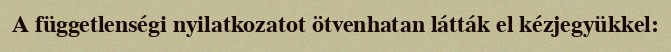
A függetlenségi nyilatkozatot ötvenhatan látták el kézjegyükkel: